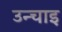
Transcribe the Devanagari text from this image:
उन्चाइ